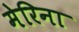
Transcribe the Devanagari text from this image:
मेरिना